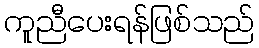
ကူညီပေးရန်ဖြစ်သည်